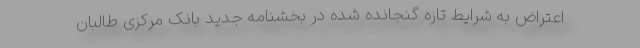
اعتراض به شرایط تازه گنجانده شده در بخشنامه جدید بانک مرکزی طالبان